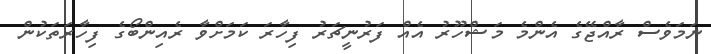
ނަމަވެސް ރާއްޖޭގެ އެންމެ މަޝްހޫރު އެއް ފަރުނީޗަރު ފިހާރަ ކަމަށްވާ ރެއިންބޯގެ ފިހާރަތަކުން